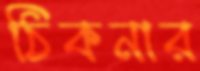
ঠিকনার